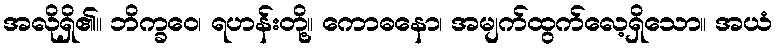
အလိုရှိ၏။ ဘိက္ခဝေ၊ ရဟန်းတို့။ ကောဓနော၊ အမျက်ထွက်လေ့ရှိသော။ အယံ